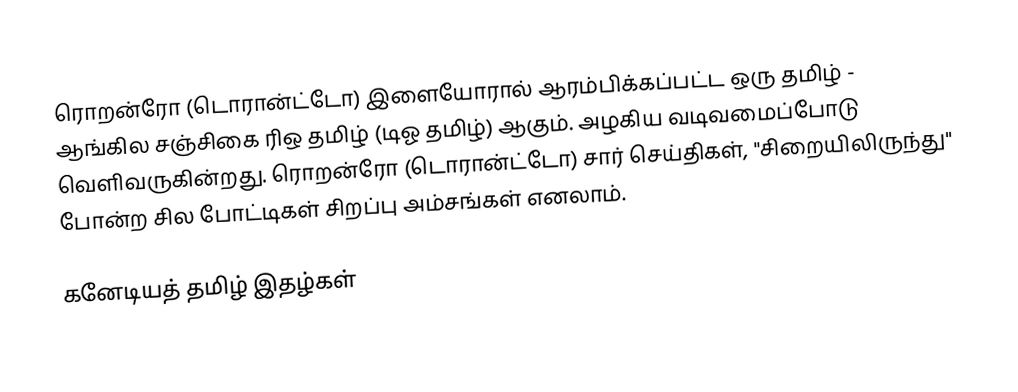
ரொறன்ரோ (டொரான்ட்டோ) இளையோரால் ஆரம்பிக்கப்பட்ட ஒரு தமிழ் - ஆங்கில சஞ்சிகை ரிஒ தமிழ் (டிஓ தமிழ்) ஆகும். அழகிய வடிவமைப்போடு வெளிவருகின்றது. ரொறன்ரோ (டொரான்ட்டோ) சார் செய்திகள், "சிறையிலிருந்து" போன்ற சில போட்டிகள் சிறப்பு அம்சங்கள் எனலாம்.

கனேடியத் தமிழ் இதழ்கள்